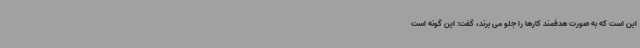
این است که به صورت هدفمند کارها را جلو می برند، گفت: این گونه است